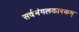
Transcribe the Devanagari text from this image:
सर्वमंगलकारकम्